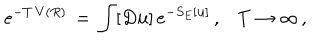
e ^ { - T \, V ( R ) } \, = \, \int [ D { \bf u } ] \, e ^ { - S _ { E } [ { \bf u } ] } \, { , } \quad T \to \infty \, { , }